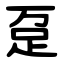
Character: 趸